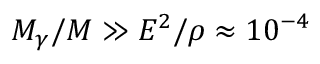
M _ { \gamma } / M \gg E ^ { 2 } / \rho \approx 1 0 ^ { - 4 }